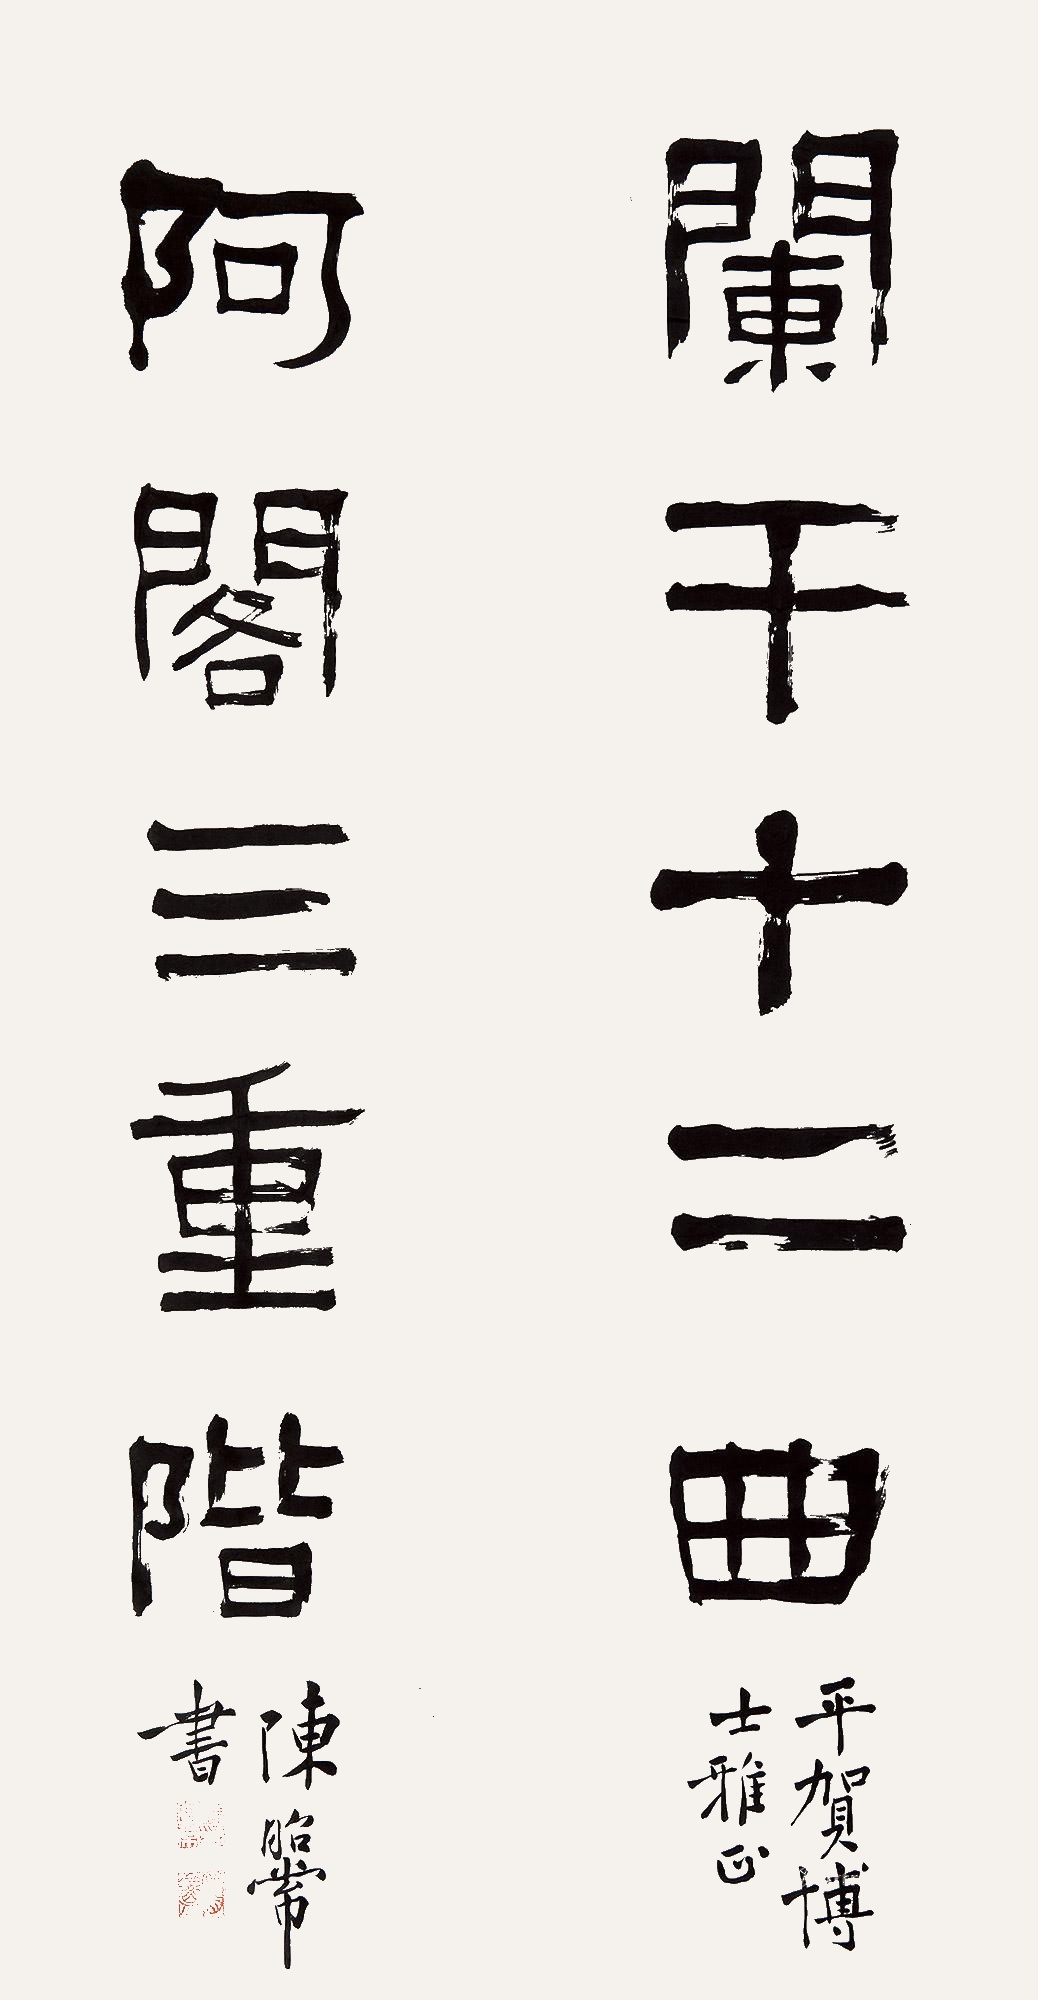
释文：栏干十二曲，阿阁三重阶。平贺博士雅正。陈昭常书。